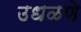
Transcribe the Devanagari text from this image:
उधळणे